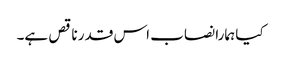
کیا ہمارا نصاب اس قدر ناقص ہے۔